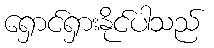
ရှောင်ရှားနိုင်ပါသည်